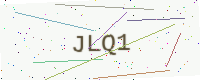
Text: JLQ1